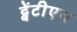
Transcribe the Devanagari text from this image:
ट्वेंटीएथ